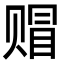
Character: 赗